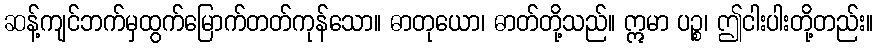
ဆန့်ကျင်ဘက်မှထွက်မြောက်တတ်ကုန်သော။ ဓာတုယော၊ ဓာတ်တို့သည်။ ဣမာ ပဉ္စ၊ ဤငါးပါးတို့တည်း။